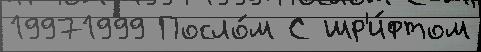
19971999 Посло́м С шр'и́фтом